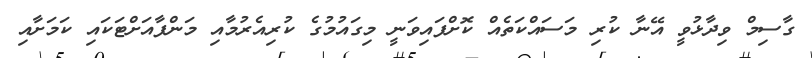
ގާސިމް ވިދާޅުވީ އޭނާ ކުރި މަސައްކަތެއް ކޮށްފައިވަނީ މިގައުމުގެ ކުރިއެރުމާއި މަންފާއަށްޓަކައި ކަމަށާއި